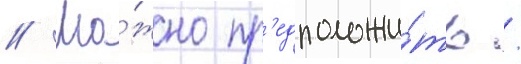
// Мо́жно пр'едположи́ть /